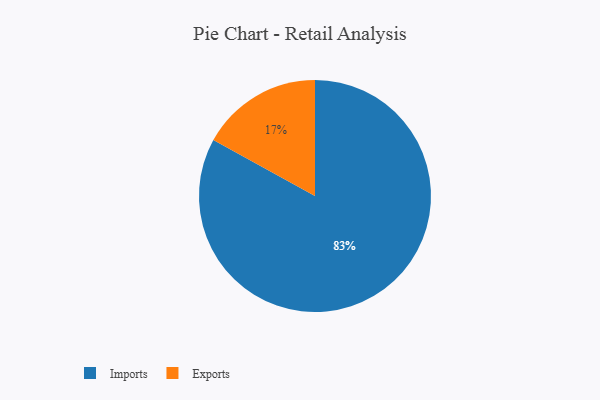
{"axis": {"x": "Category", "y": "Percentage"}, "legend": ["Exports", "Imports"], "data": [{"x": "Exports", "y": 17, "type": "Exports"}, {"x": "Imports", "y": 83, "type": "Imports"}]}